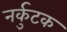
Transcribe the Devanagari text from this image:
नर्कुटक